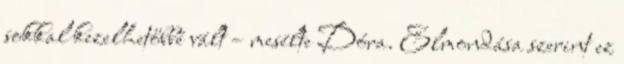
sokkal kezelhetőbbé vált – mesélte Dóra. Elmondása szerint ez